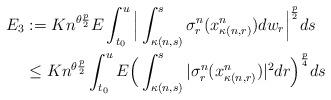
LaTeX: \begin{align*}E_3 & := K n^{\theta\frac{p}{2}} E \int_{t_0}^{u} \Big|\int^{s}_{\kappa(n,s)}\sigma_r^n(x^n_{\kappa(n,r)})dw_r\Big|^\frac{p}{2} ds \\& \leq K n^{\theta\frac{p}{2}} \int_{t_0}^{u} E \Big(\int^{s}_{\kappa(n,s)}|\sigma_r^n(x^n_{\kappa(n,r)})|^2dr\Big)^\frac{p}{4} ds \end{align*}